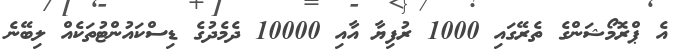
އެ ޕްރޮމޯޝަންގެ ތެރޭގައި 1000 ރުފިޔާ އާއި 10000 ދެމެދުގެ ޑިސްކައުންޓުތަކެއް ލިބޭނެ